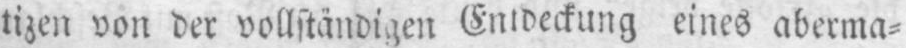
tizen von der vollständigen Entdeckung eines aberma⸗